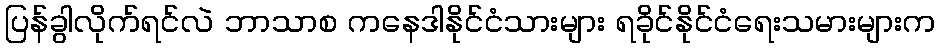
ပြန်ခွါလိုက်ရင်လဲ ဘာသာစ ကနေဒါနိုင်ငံသားများ ရခိုင်နိုင်ငံရေးသမားများက